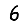
Digit: 6